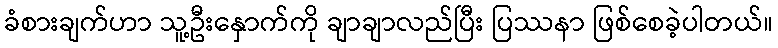
ခံစားချက်ဟာ သူ့ဦးနှောက်ကို ချာချာလည်ပြီး ပြဿနာ ဖြစ်စေခဲ့ပါတယ်။